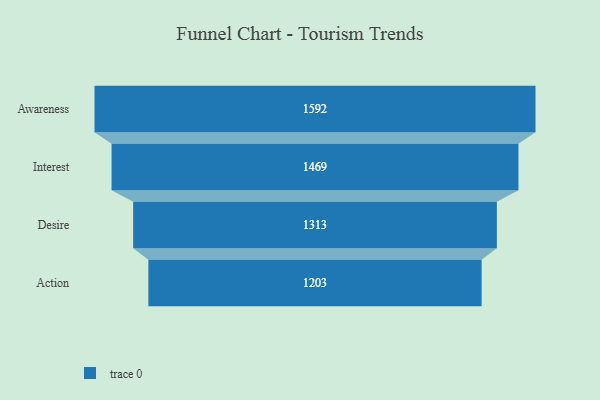
{"axis": {"x": "Stage", "y": "Value"}, "legend": [""], "data": [{"x": "Awareness", "y": 1592.0, "type": ""}, {"x": "Interest", "y": 1469.0, "type": ""}, {"x": "Desire", "y": 1313.0, "type": ""}, {"x": "Action", "y": 1203.0, "type": ""}]}